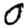
Digit: 0